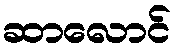
ဆာလောင်